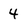
Character: 4